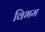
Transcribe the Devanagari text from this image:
विभम